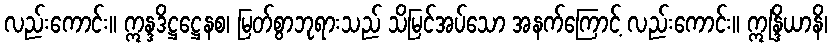
လည်းကောင်း။ ဣန္ဒဒိဋ္ဌဋ္ဌေနစ၊ မြတ်စွာဘုရားသည် သိမြင်အပ်သော အနက်ကြောင့် လည်းကောင်း။ ဣန္ဒြိယာနိ၊